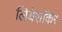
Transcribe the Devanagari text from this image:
लियेसकिर